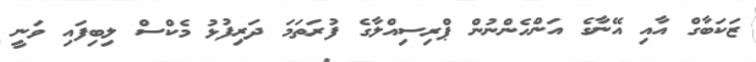
ޒަކަބާގް އާއި އޭނާގެ އަންހެންނުން ޕްރިސިއްލާގެ ފުރަތަމަ ދަރިފުޅު މެކްސް ލިބިފައި ވަނީ